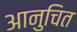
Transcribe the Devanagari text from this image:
आनुचित